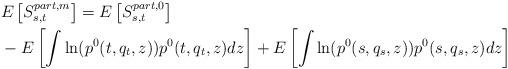
LaTeX: \begin{align*}&E\left[S^{part,m}_{s,t}\right]=E\left[S^{part,0}_{s,t}\right]\\&- E\left[\int \ln(p^0(t,q_t,z))p^0(t,q_t,z)dz\right]+ E\left[\int \ln(p^0(s,q_s,z))p^0(s,q_s,z)dz\right]\end{align*}